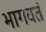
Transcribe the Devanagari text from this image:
भागवतं